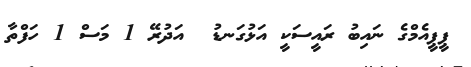
ޕީޕީއެމްގެ ނައިބު ރައީސަކީ އަޅުގަނޑު  އަދުރޭ 1 މަސް 1 ހަފްތާ